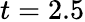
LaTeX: t=2.5